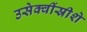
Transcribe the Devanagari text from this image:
उसेक्वींस्रीशे